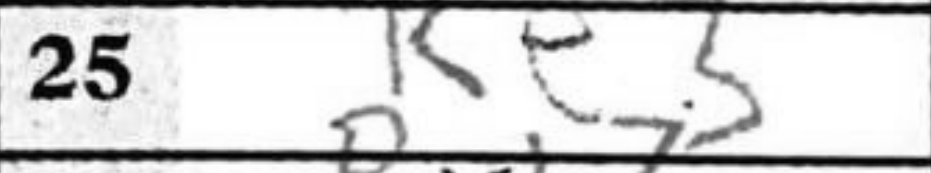
Transcription: Ke3